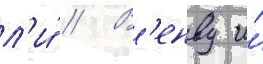
л'и́ // В'енву и́